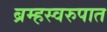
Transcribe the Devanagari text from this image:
ब्रम्हस्वरुपात